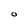
Character: O